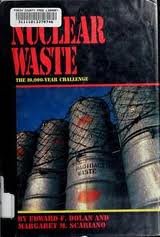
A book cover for Nuclear Waste: The 10,000-Year Challenge (Single Titles Series); Edward F. Dolan; Science & Math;